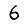
Digit: 6